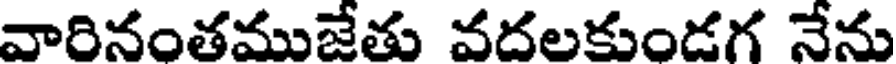
వారినంతముజేతు వదలకుండగ నేను